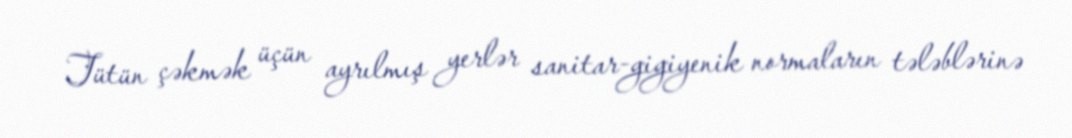
Tütün çəkmək üçün ayrılmış yerlər sanitar-gigiyenik normaların tələblərinə